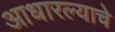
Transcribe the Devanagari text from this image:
आधारल्याचे